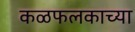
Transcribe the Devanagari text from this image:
कळफलकाच्या